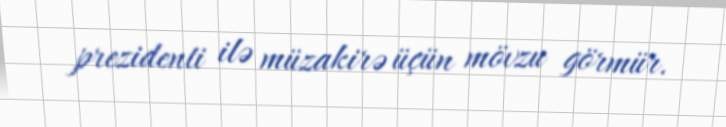
prezidenti ilə müzakirə üçün mövzu görmür.